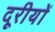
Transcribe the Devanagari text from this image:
दूरीयों